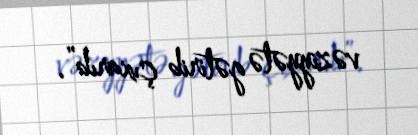
vəziyyətə gətirib çıxarıb”.